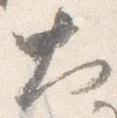
大